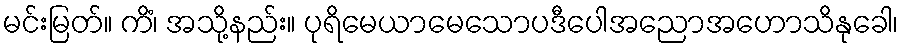
မင်းမြတ်။ ကိံ၊ အသို့နည်း။ ပုရိမေယာမေသောပဒီပေါအညောအဟောသိနုခေါ၊